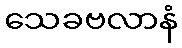
သေခဗလာနံ